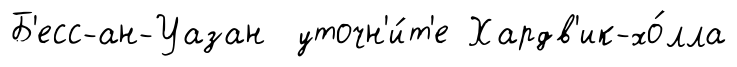
Б'есс-ан-Уазан уточн'и́т'е Хардв'ик-хо́лла